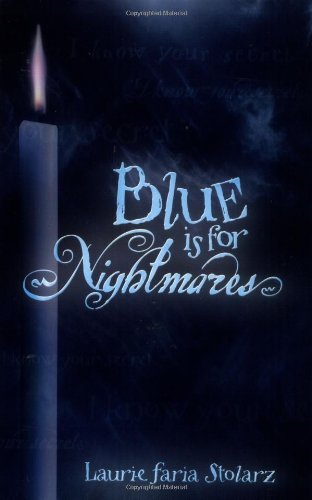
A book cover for Blue is for Nightmares (Stolarz Series); Laurie Faria Stolarz; Teen & Young Adult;